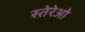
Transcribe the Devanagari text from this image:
स्तेरेओ